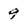
Character: 9